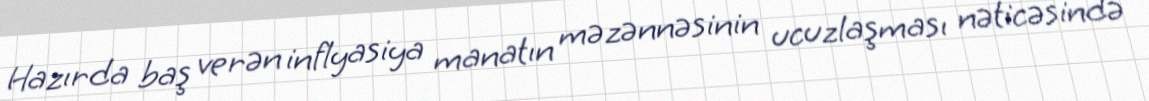
Hazırda baş verən inflyasiya manatın məzənnəsinin ucuzlaşması nəticəsində